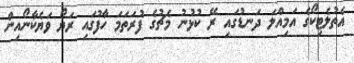
އެތުލެޓިކޯގެ އަމިއްލަ ދަނޑުގައި ރޭ ކުޅުނު މެޗުގެ ފުރަތަމަ ހާފުގައި ރަޔޯ ވަޔެކާނޯއިން